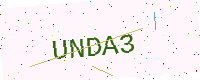
Text: UNDA3